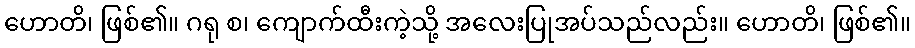
ဟောတိ၊ ဖြစ်၏။ ဂရု စ၊ ကျောက်ထီးကဲ့သို့ အလေးပြုအပ်သည်လည်း။ ဟောတိ၊ ဖြစ်၏။